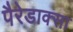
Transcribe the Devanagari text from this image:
पैरेडाक्सा